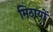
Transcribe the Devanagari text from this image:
मिठायों